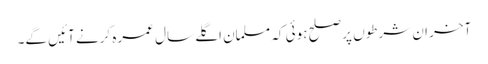
آخر ان شرطوں پر صلح ہوئی کہ مسلمان اگلے سال عمرہ کرنے آئیں گے۔